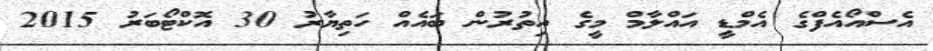
އެސްއޯއެފްގެ އެމްޑީ އައްލާމް މީގެ އިތުރުން ބައެއް ހަތިޔާރު 30 އޮކްޓޯބަރު 2015